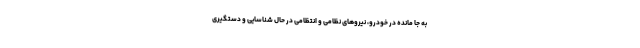
به جا مانده در خودرو، نیروهای نظامی و انتظامی در حال شناسایی و دستگیری